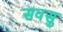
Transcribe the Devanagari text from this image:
सवसु